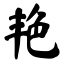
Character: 艳